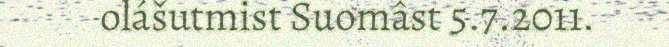
olášutmist Suomâst 5.7.2011.